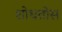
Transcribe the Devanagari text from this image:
शोधतोस